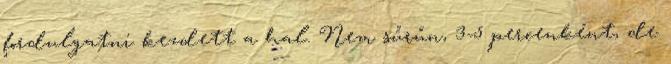
fordulgatni kezdett a hal. Nem sűrűn, 3-5 percenként, de